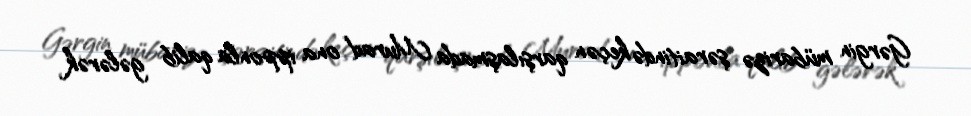
Gərgin mübarizə şəraitində keçən qarşılaşmada Murad ona ipponla qalib gələrək